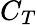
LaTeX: C_{T}